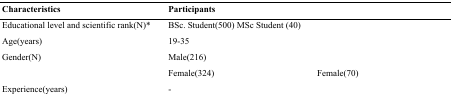
<table><thead><tr><td><b>Characteristics</b></td><td>[EMPTY_CELL]</td><td><b>Participants</b></td></tr></thead><tbody><tr><td>Educational level and scientific rank(N)*</td><td>BSc. Student(500) MSc Student (40)</td><td>[EMPTY_CELL]</td></tr><tr><td>Age(years)</td><td>19-35</td><td>[EMPTY_CELL]</td></tr><tr><td rowspan="2">Gender(N)</td><td>Male(216)</td><td>[EMPTY_CELL]</td></tr><tr><td>Female(324)</td><td>Female(70)</td></tr><tr><td>Experience(years)</td><td>-</td><td>[EMPTY_CELL]</td></tr></tbody></table>